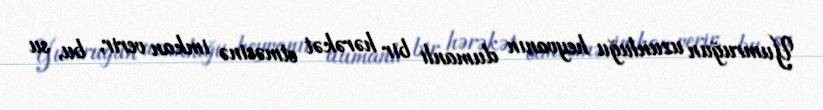
Yumruğun uzunluğu heyvanın dumanlı bir hərəkət etməsinə imkan verir, bu, su